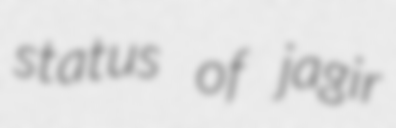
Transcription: status of jagir